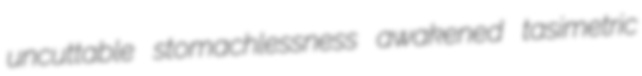
uncuttable stomachlessness awakened tasimetric